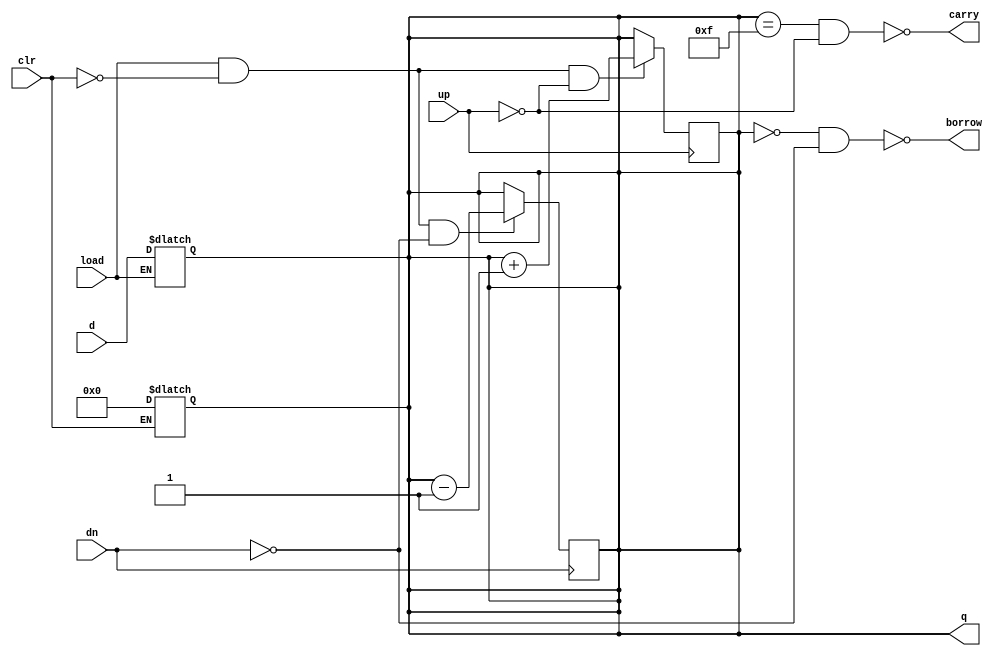
module sn74ls193(q, carry, borrow, d, clr, up, dn, load);
input [3:0] d;
input up, dn, clr, load;
output [3:0] q;
output carry, borrow;
reg [3:0] cnt;
wire [3:0] inc, dec;

parameter
	tPLH_min=0,  tPLH_typ=27, tPLH_max=38, // worst case
	tPHL_min=0,  tPHL_typ=30, tPHL_max=47,
	tPLHC_min=0, tPLHC_typ=17, tPLHC_max=26,
	tPHLC_min=0, tPHLC_typ=18, tPHLC_max=24,
	tPLHB_min=0, tPLHB_typ=16, tPLHB_max=24,
	tPHLB_min=0, tPHLB_typ=15, tPHLB_max=24;

initial
begin
	cnt <= 4'bxxxx;
end

assign inc = cnt+1;
assign dec = cnt-1;

always @(clr)
begin
	if (clr==1)
		cnt <= 0;
end

always @(load)
begin
	if (load==0)
		cnt <= d;
end

always @(negedge up)
begin
	if (load==1 && clr==0 && up==0) begin
		cnt <= inc;
	end
end

always @(negedge dn)
begin
	if (load==1 && clr==0 && dn==0) begin
		cnt <= dec;
	end
end

assign #(tPLH_min:tPLH_typ:tPLH_max, tPHL_min:tPHL_typ:tPHL_max)
	q = cnt;
assign #(tPLHC_min:tPLHC_typ:tPLHC_max, tPHLC_min:tPHLC_typ:tPHLC_max)
	carry = ~(cnt==15 && up==0);
assign #(tPLHB_min:tPLHB_typ:tPLHB_max, tPHLB_min:tPHLB_typ:tPHLB_max)
	borrow = ~(cnt==0 && dn==0);

endmodule